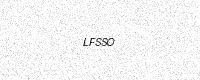
Text: LFSSO